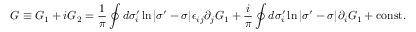
G \equiv G _ { 1 } + i G _ { 2 } = \frac { 1 } { \pi } \oint d \sigma _ { i } ^ { \prime } \ln | \sigma ^ { \prime } - \sigma | \epsilon _ { i j } \partial _ { j } G _ { 1 } + \frac { i } { \pi } \oint d \sigma _ { i } ^ { \prime } \ln | \sigma ^ { \prime } - \sigma | \partial _ { i } G _ { 1 } + \mathrm { c o n s t . }